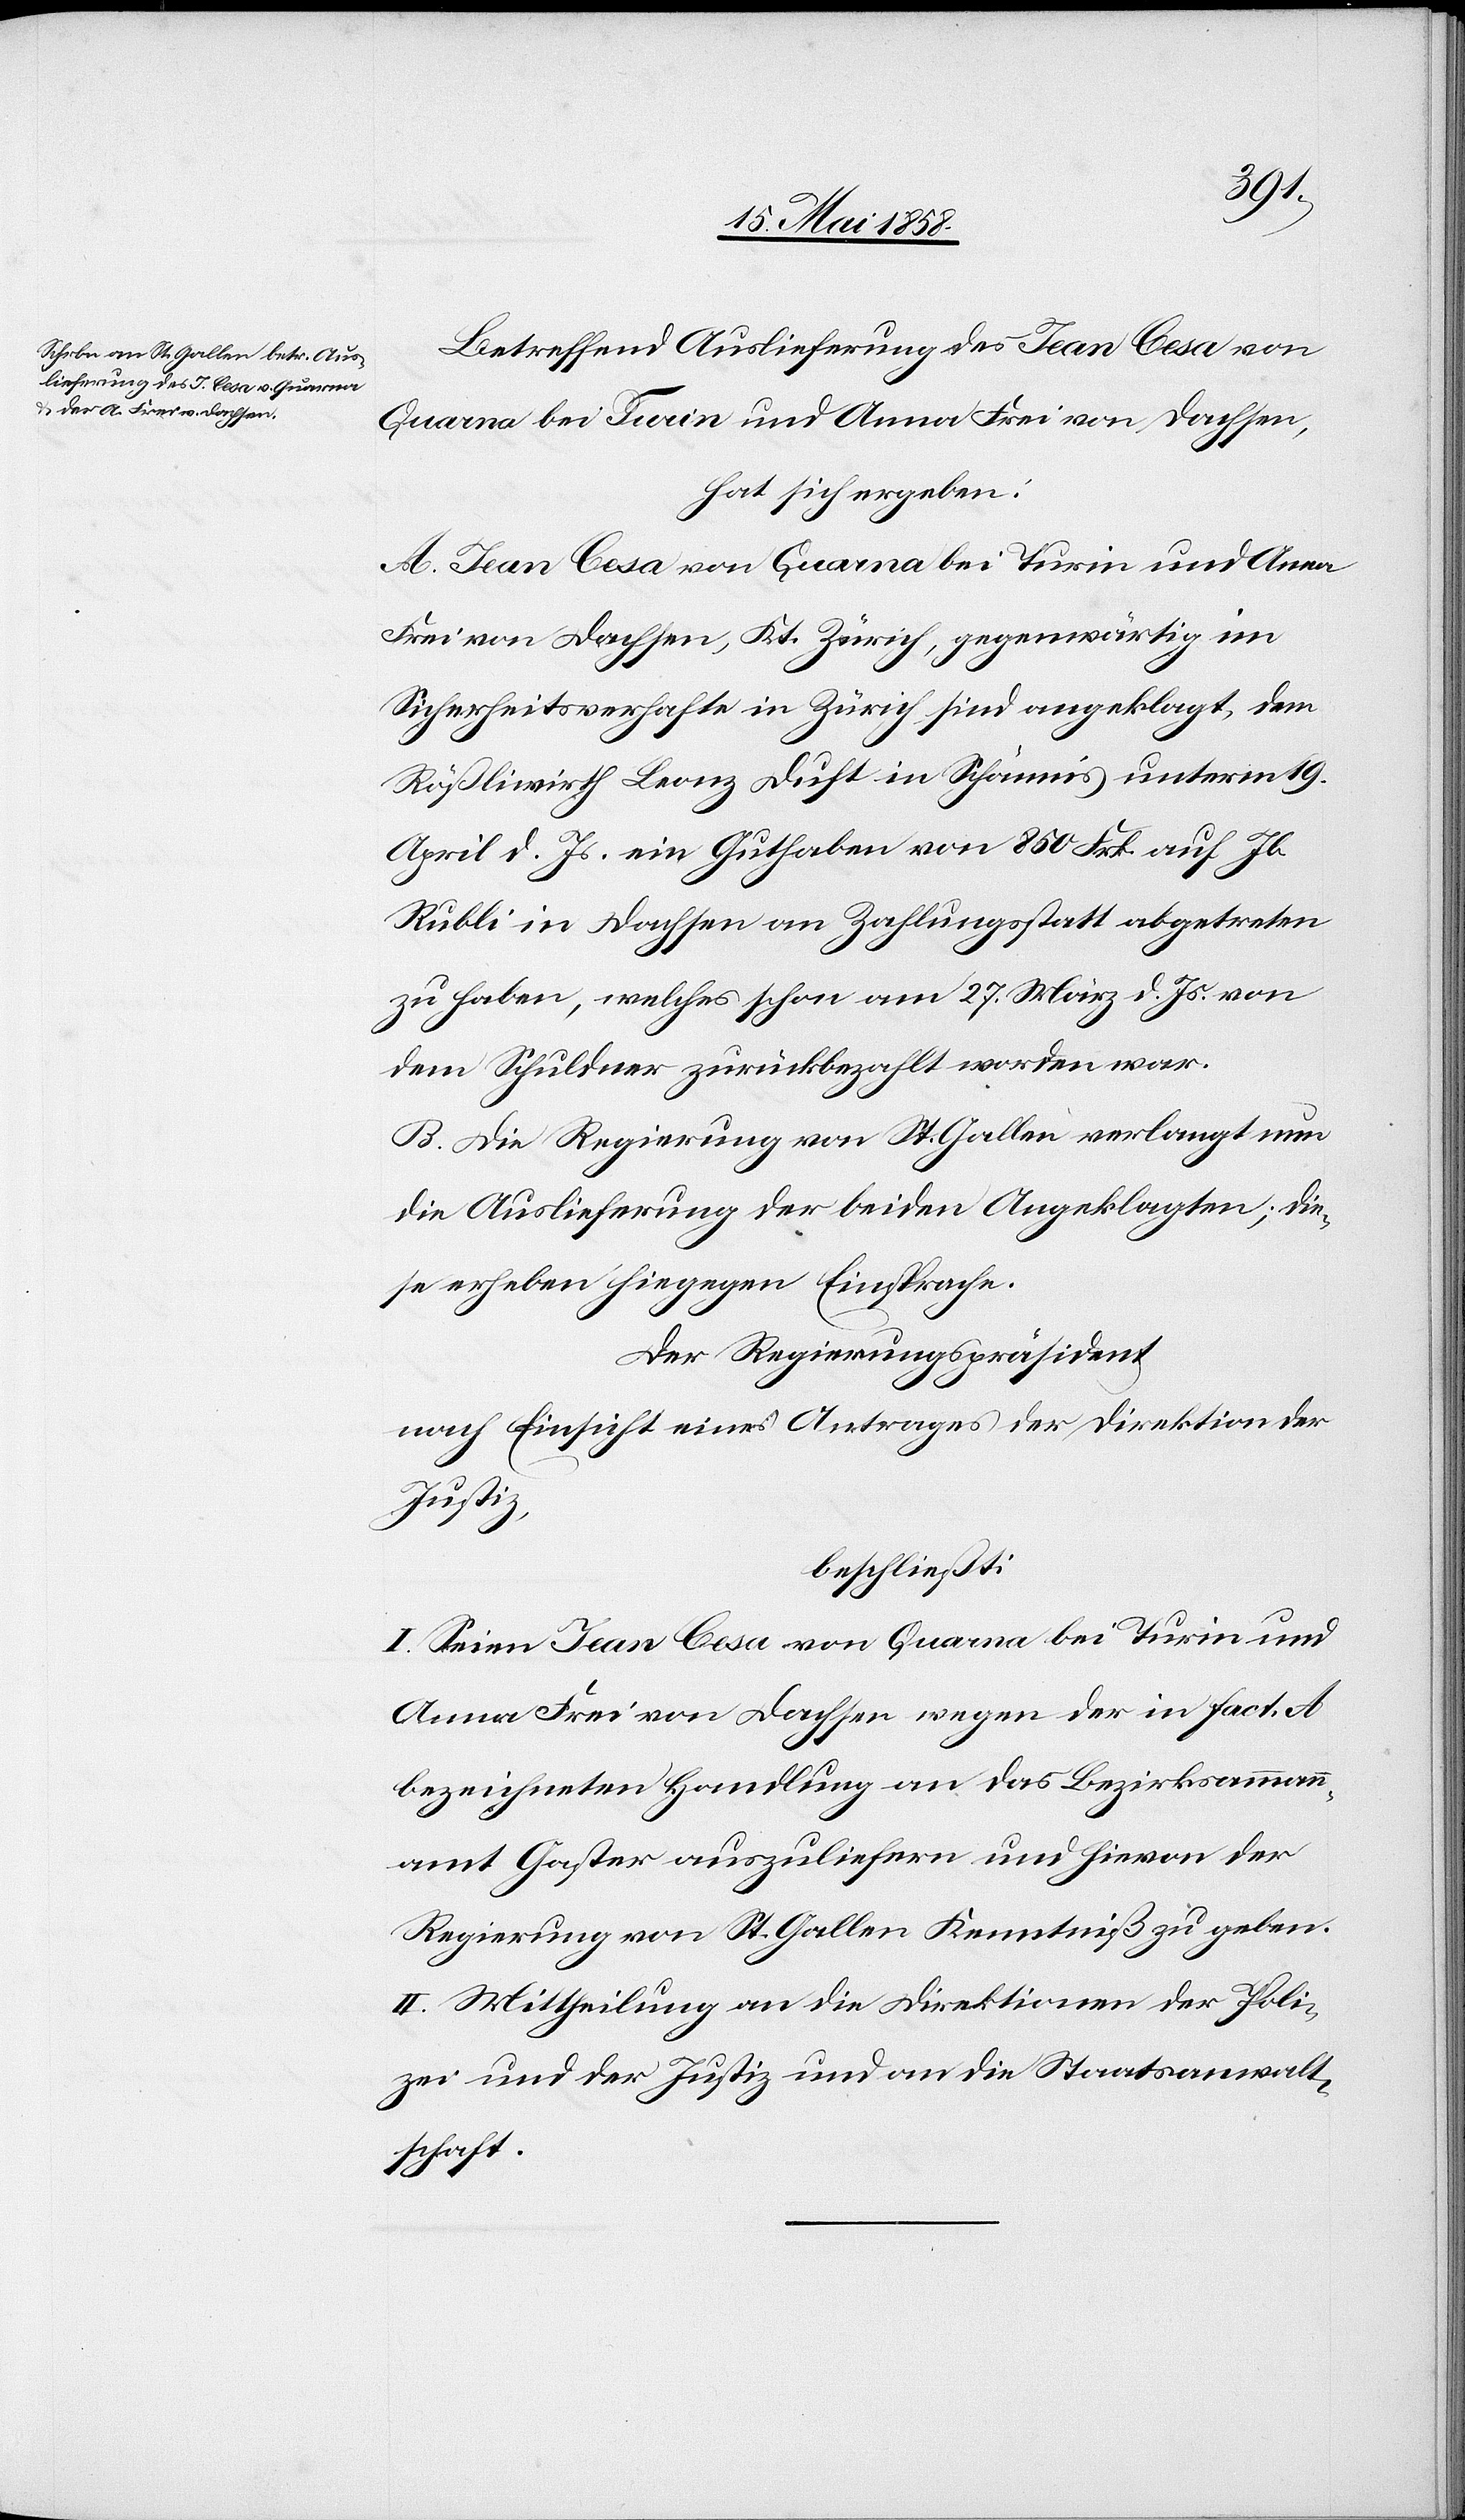
den
19. Mai 1858.]
Betreffend Auslieferung des Jean Cesa von
Quarna bei Turin und Anna Frei von Sachsen,
hat sich ergeben:
A. Jean Cesa von Quarna bei Turin und Anna
Frei von Dachsen, Kt. Zürich, gegenwärtig im
Sicherheitsverhafte in Zürich sind angeklagt, dem,
Rößliwirth Leonz Duft in Schänis unterm 19.
April d. Js. ein Guthaben von 850 Frk. auf Jb.
Rubli in Dachsen an Zahlungsstatt abgetreten
zu haben, welches schon am 27. März d. Js. von
dem Schuldner zurückbezahlt worden war.
B. Die Regierung von St. Gallen verlangt nun
die Auslieferung der beiden Angeklagten; die¬
se erheben hiegegen Einsprache.
Der Regierungspräsident
nach Einsicht eines Antrages der Direktion der
Justiz,
beschließt:
I. Seien Jean Cesa von Quarna bei Turin und
Anna Frei von Dachsen wegen der in fact. A
bezeichneten Handlung an das Bezirksammann¬
amt Gaster auszuliefern und hievon der
Regierung von St. Gallen Kenntniß zu geben.
II. Mittheilung an die Direktion der Poli¬
zei und der Justiz und an die Staatsanwalt¬
schaft.